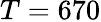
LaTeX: T=670